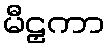
မီဠှကာ